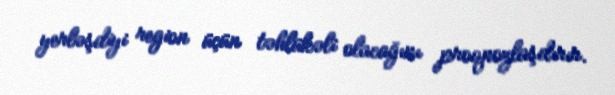
yerləşdiyi region üçün təhlükəli olacağını proqnozlaşdırır.